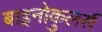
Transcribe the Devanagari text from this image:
बाइनोकुलर्स